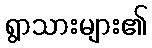
ရွာသားများ၏